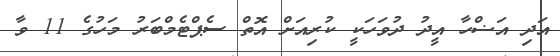
އަދި އަޟްހާ އީދު ދުވަހަކީ ކުރިއަށް އޮތް ސެޕްޓެމްބަރު މަހުގެ 11 ވާ